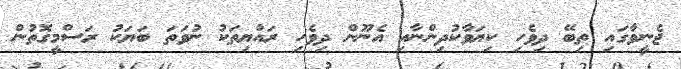
ޖެނީވާގައި ތިބޭ ދިވެހި ކިޔަވާކުދިންނާއި އެނޫން ދިވެހި ރައްޔިތަކު ނުވަތަ ބަޔަކު ރަސްމީގޮތުން